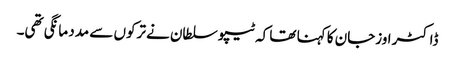
ڈاکٹر اوزجان کا کہنا تھا کہ ٹیپو سلطان نے ترکوں سے مدد مانگی تھی۔